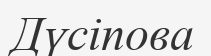
Дүсіпова